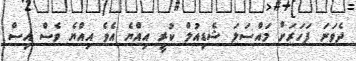
ދެވަނަ ފަހަރަށް މައްސަލަ ޝެޑިއުލް ކުރީ އިއްޔެ އެވެ އިއްޔެ ވެސް އިސް